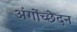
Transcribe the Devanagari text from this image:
अंगोंच्छेदन